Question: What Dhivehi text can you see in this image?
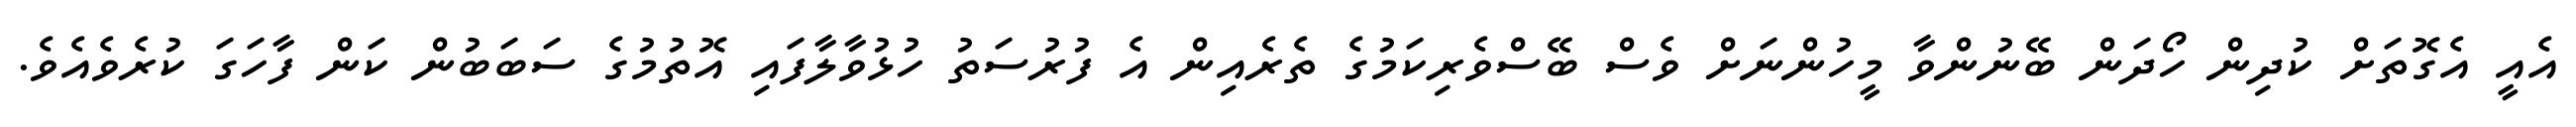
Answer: އެއީ އެގޮތަށް ކުދިން ހޯދަން ބޭނުންވާ މީހުންނަށް ވެސް ބޭސްވެރިކަމުގެ ތެރެއިން އެ ފުރުސަތު ހުޅުވާލާފައި އޮތުމުގެ ސަބަބުން ކަން ފާހަގަ ކުރެވެއެވެ.